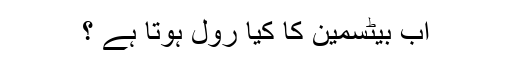
اب بیٹسمین کا کیا رول ہوتا ہے ؟